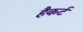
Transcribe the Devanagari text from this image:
हैकर्ट